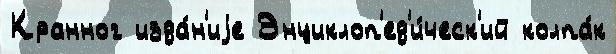
Кранног изда́н'иjе Энциклоп'ед'и́ческ'ий колпа́к